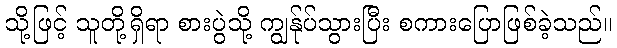
သို့ဖြင့် သူတို့ရှိရာ စားပွဲသို့ ကျွန်ုပ်သွားပြီး စကားပြောဖြစ်ခဲ့သည်။